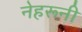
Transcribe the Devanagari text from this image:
नेहरूनी